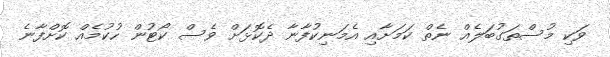
ވަކި މުސްތަގުބަލެއް ނެތް ކަމަށާއި އެމަނިކުފާނާ ދެކޮޅަށް ވެސް ކޯޓުން ހުކުމެއް ކޮށްފާނެ